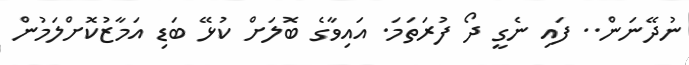
ނުދޭނަން.. ފައި ނެގީ ދޯ ފުރަތަމަ. އައިވާގެ ބޮލަށް ކުޅޭ ބަޑި އަމާޒުކޮށްލަމުން